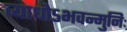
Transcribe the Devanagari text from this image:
व्याधोऽभवन्मुनिः